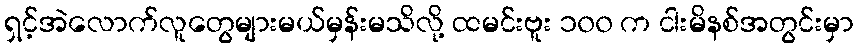
ရှင့်အဲလောက်လူတွေများမယ်မှန်းမသိလို့ ထမင်းဗူး ၁၀၀ က ငါးမိနစ်အတွင်းမှာ